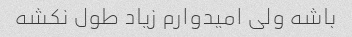
باشه ولی امیدوارم زیاد طول نکشه